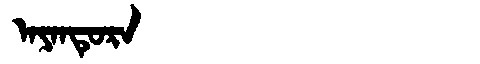
Manchu: ᠠᠶᠠᠨᡨᡠᡵᠠ
Romanization: AYANTURA